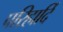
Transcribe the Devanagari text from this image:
परिहार्दि